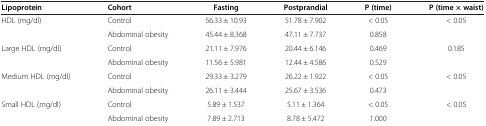
<table><thead><tr><td><b>Lipoprotein</b></td><td><b>Cohort</b></td><td><b>Fasting</b></td><td><b>Postprandial</b></td><td><b>P (time)</b></td><td><b>P (time × waist)</b></td></tr></thead><tbody><tr><td rowspan="2">HDL (mg/dl)</td><td>Control</td><td>56.33 ± 10.93</td><td>51.78 ± 7.902</td><td>&lt; 0.05</td><td rowspan="2">&lt; 0.05</td></tr><tr><td>Abdominal obesity</td><td>45.44 ± 8.368</td><td>47.11 ± 7.737</td><td>0.858</td></tr><tr><td rowspan="2">Large HDL (mg/dl)</td><td>Control</td><td>21.11 ± 7.976</td><td>20.44 ± 6.146</td><td>0.469</td><td rowspan="2">0.185</td></tr><tr><td>Abdominal obesity</td><td>11.56 ± 5.981</td><td>12.44 ± 4.586</td><td>0.529</td></tr><tr><td rowspan="2">Medium HDL (mg/dl)</td><td>Control</td><td>29.33 ± 3.279</td><td>26.22 ± 1.922</td><td>&lt; 0.05</td><td rowspan="2">&lt; 0.05</td></tr><tr><td>Abdominal obesity</td><td>26.11 ± 3.444</td><td>25.67 ± 3.536</td><td>0.473</td></tr><tr><td rowspan="2">Small HDL (mg/dl)</td><td>Control</td><td>5.89 ± 1.537</td><td>5.11 ± 1.364</td><td>&lt; 0.05</td><td rowspan="2">&lt; 0.05</td></tr><tr><td>Abdominal obesity</td><td>7.89 ± 2.713</td><td>8.78 ± 5.472</td><td>1.000</td></tr></tbody></table>